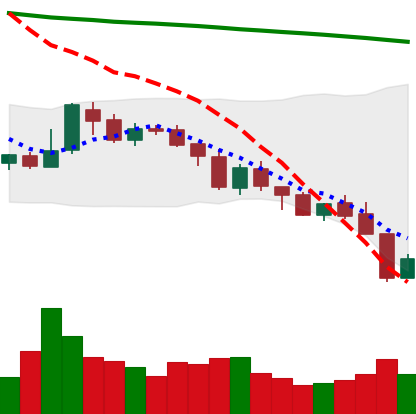
Ticker: XMR-USD
Chart end date: 2018-08-09
Forward return: -16.268%
Label: down_7plus